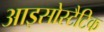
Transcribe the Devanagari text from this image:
आइसोस्टैटिक